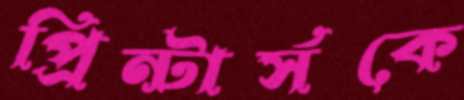
প্রিন্টার্সকে